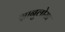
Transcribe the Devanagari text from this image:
ग्रानुलोसा